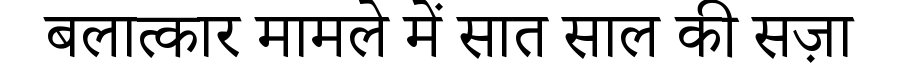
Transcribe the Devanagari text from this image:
बलात्कार मामले में सात साल की सज़ा